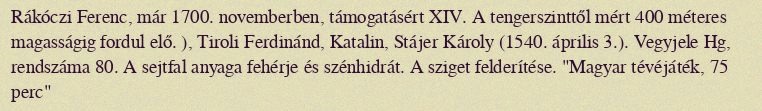
Rákóczi Ferenc, már 1700. novemberben, támogatásért XIV. A tengerszinttől mért 400 méteres magasságig fordul elő. ), Tiroli Ferdinánd, Katalin, Stájer Károly (1540. április 3.). Vegyjele Hg, rendszáma 80. A sejtfal anyaga fehérje és szénhidrát. A sziget felderítése. "Magyar tévéjáték, 75 perc"